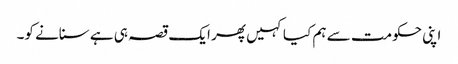
اپنی حکومت سے ہم کیا کہیں پھر ایک قصہ ہی ہے سنانے کو۔